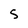
Character: 5